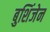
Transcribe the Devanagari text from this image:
बुशिंजेन